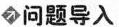
问题导入